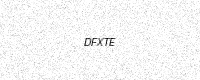
Text: DFXTE